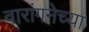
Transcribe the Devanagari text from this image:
वारांगनेच्या